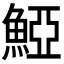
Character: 𩸋